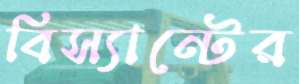
বিস্যান্টের